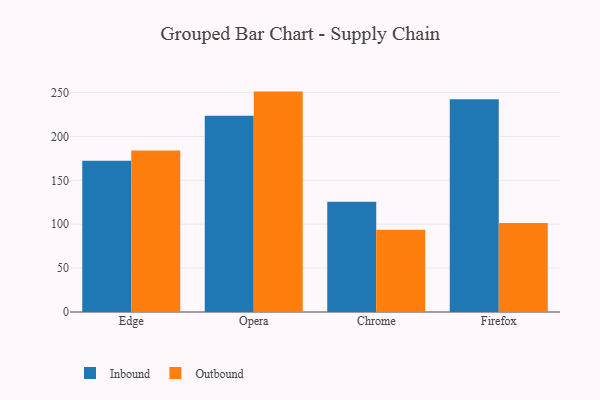
{"axis": {"x": "Browser", "y": "Satisfaction Score"}, "legend": ["Inbound", "Outbound"], "data": [{"x": "Edge", "y": 172.3, "type": "Inbound"}, {"x": "Edge", "y": 183.9, "type": "Outbound"}, {"x": "Opera", "y": 223.7, "type": "Inbound"}, {"x": "Opera", "y": 251.1, "type": "Outbound"}, {"x": "Chrome", "y": 125.6, "type": "Inbound"}, {"x": "Chrome", "y": 93.7, "type": "Outbound"}, {"x": "Firefox", "y": 242.5, "type": "Inbound"}, {"x": "Firefox", "y": 101.4, "type": "Outbound"}]}